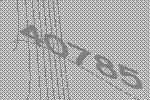
40785